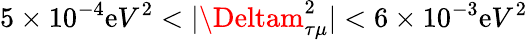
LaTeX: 5\times10^{-4}\mathrm{e}V^{2}<|\Deltam_{\tau\mu}^{2}|<6\times10^{-3}\mathrm{e}V^{2}